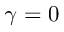
\gamma = 0